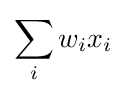
\sum _{i}w_{i}x_{i}